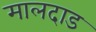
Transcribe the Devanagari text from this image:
मालदाड